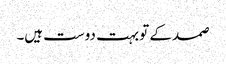
صمد کے تو بہت دوست ہیں۔